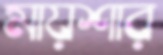
মায়শার